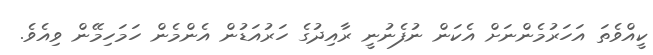
ކީއްވެތަ އަހަރުމެންނަށް އެކަން ނުފެނުނީ ރާއިދުގެ ހަރުއަޑުން އެންމެން ހަމަހިމޭން ވިއެވެ.